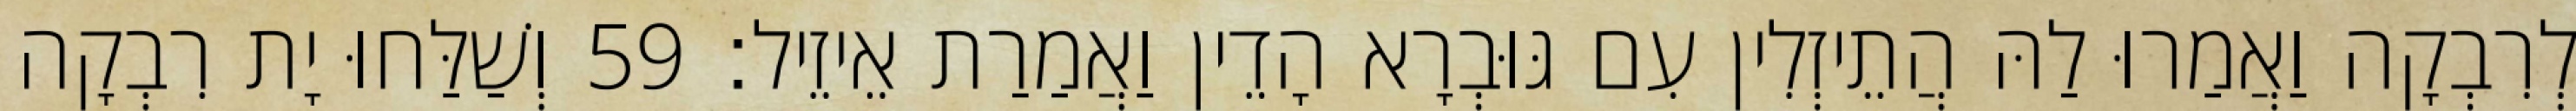
לְרִבְקָה וַאֲמַרוּ לַהּ הֲתֵיזְלִין עִם גּוּבְרָא הָדֵין וַאֲמַרַת אֵיזֵיל׃ 59 וְשַׁלַּחוּ יָת רִבְקָה